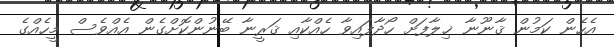
އެހެން ކަމުން ޤާނޫނާ ޚިލާފަށް ހޯދާފައިވާ ހެއްކާއި ޤަރީނާ ބޭނުންކޮށްގެން އެއްވެސް މީހެއްގެ